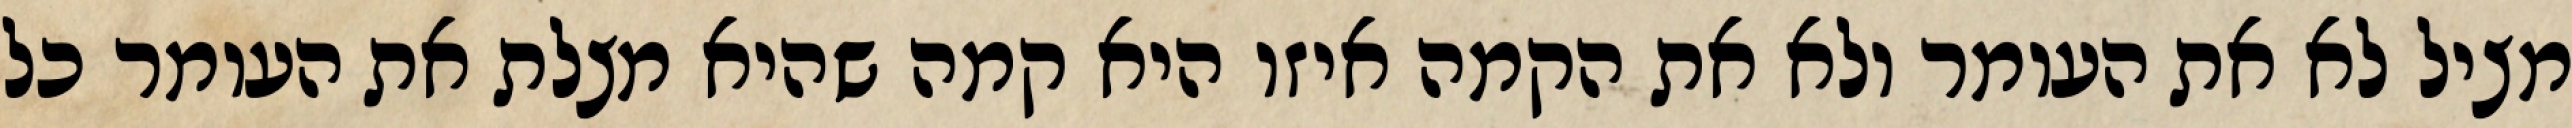
מציל לא את העומר ולא את הקמה איזו היא קמה שהיא מצלת את העומר כל